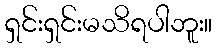
ရှင်းရှင်းမသိရပါဘူး။